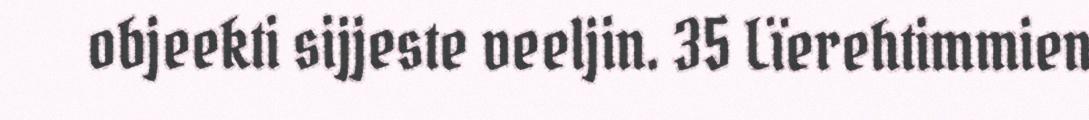
objeekti sijjeste veeljin. 35 Lïerehtimmien